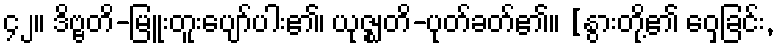
၄၂။ ဒိဗ္ဗတိ-မြူးတူးပျော်ပါး၏၊ ယုဇ္ဈတိ-ပုတ်ခတ်၏။ [နွားတို့၏ ဝှေ့ခြင်း,